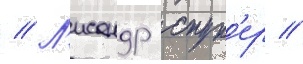
// Л'исандр спун'ер //